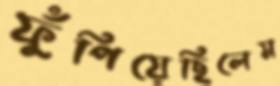
ফুঁপিয়েছিলেম